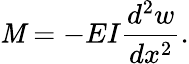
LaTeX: \mathit{M}=-EI{\frac{{d^{2}w}}{{dx^{2}}}}.